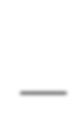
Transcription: –